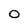
Character: 0